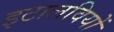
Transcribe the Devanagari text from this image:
इटालवियों